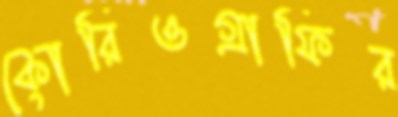
কোরিওগ্রাফির